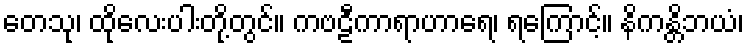
တေသု၊ ထိုလေးပါးတို့တွင်။ ကဗဠီကာရာဟာရေ၊ ရကြောင့်။ နိကန္တိဘယံ၊